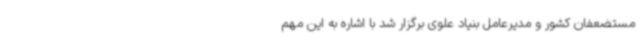
مستضعفان کشور و مدیرعامل بنیاد علوی برگزار شد با اشاره به این مهم